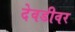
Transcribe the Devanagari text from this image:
देवडीवर